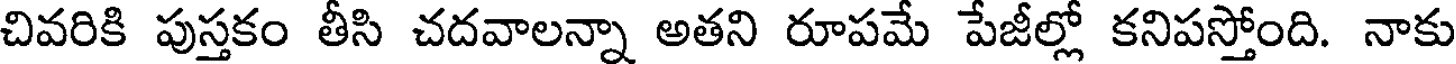
చివరికి పుస్తకం తీసి చదవాలన్నా అతని రూపమే పేజీల్లో కనిపస్తోంది. నాకు